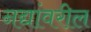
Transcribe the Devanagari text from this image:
नद्यांवरील